Civil Veterinary Department. United Provinces 1912-22 - 1912-1922
Year: 1912
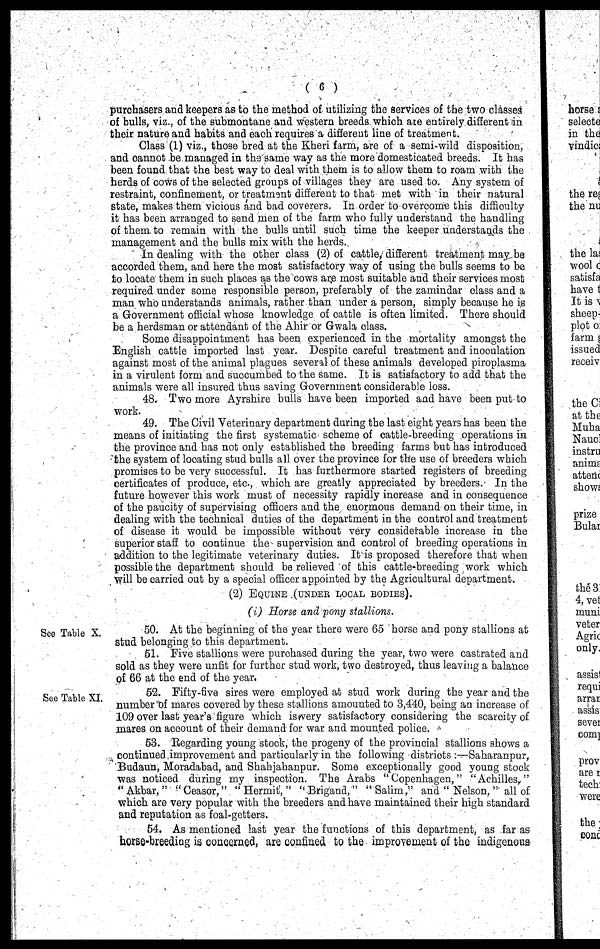
( 6 )
purchasers and keepers as to the method of utilizing the services of the two classes
of bulls, viz., of the submontane and western breeds which are entirely different in
their nature and habits and each requires a different line of treatment.
Class (1) viz., those bred at the Kheri farm, are of a semi-wild disposition,
and cannot be managed in the same way as the more domesticated breeds. It has
been found that the best way to deal with them is to allow them to roam with the
herds of cows of the selected groups of villages they are used to. Any system of
restraint, confinement, or treatment different to that met with in their natural
state, makes them vicious and bad coverers. In order to overcome this difficulty
it has been arranged to send men of the farm who fully understand the handling
of them to remain with the bulls until such time the keeper understands the
management and the bulls mix with the herds.
In dealing with the other class (2) of cattle, different treatment may be
accorded them, and here the most satisfactory way of using the bulls seems to be
to locate them in such places as the cows are most suitable and their services most
required under some responsible person, preferably of the zamindar class and a
man who understands animals, rather than under a person, simply because he is
a Government official whose knowledge of cattle is often limited. There should
be a herdsman or attendant of the Ahir or Gwala class.
Some disappointment has been experienced in the mortality amongst the
English cattle imported last year. Despite careful treatment and inoculation
against most of the animal plagues several of these animals developed piroplasma
in a virulent form and succumbed to the same. It is satisfactory to add that the
animals were all insured thus saving Government considerable loss.
48. Two more Ayrshire bulls have been imported and have been put to
work.
49. The Civil Veterinary department during the last eight years has been the
means of initiating the first systematic scheme of cattle-breeding operations in
the province and has not only established the breeding farms but has introduced
the system of locating stud bulls all over the province for the use of breeders which
promises to be very successful. It has furthermore started registers of breeding
certificates of produce, etc, which are greatly appreciated by breeders. In the
future however this work must of necessity rapidly increase and in consequence
of the paucity of supervising officers and the enormous demand on their time, in
dealing with the technical duties of the department in the control and treatment
of disease it would be impossible without very considerable increase in the
superior staff to continue the supervision and control of breeding operations in
addition to the legitimate veterinary duties. It is proposed therefore that when
possible the department should be relieved of this cattle-breeding work which
Will be carried out by a special officer appointed by the Agricultural department.
(2) EQUINE (UNDER LOCAL BODIES).
(i) Horse and pony stallions.
See Table X.
50. At the beginning of the year there were 65 horse and pony stallions at
stud belonging to this department.
61. Five stallions were purchased during the year, two were castrated and
sold as they were unfit for further stud work, two destroyed, thus leaving a balance
of 66 at the end of the year.
See Table XI.
52. Fifty-five sires were employed at stud work during the year and the
number of mares covered by these stallions amounted to 3,440, being an increase of
109 over last year's figure which is very satisfactory considering the scarcity of
mares on account of their demand for war and mounted police.
53. Regarding young stock, the progeny of the provincial stallions shows a
continued improvement and particularly in the following districts :—Saharanpur,
Budaun, Moradabad, and Shahjahanpur. Some exceptionally good young stock
was noticed during my inspection. The Arabs "Copenhagen," "Achilles,"
"Akbar," "Ceasor," "Hermit," "Brigand," "Salim," and " Nelson," all of
which are very popular with the breeders and have maintained their high standard
and reputation as foal-getters.
54. As mentioned last year the functions of this department, as far as
horse-breeding is concerned, are confined to the improvement of the indigenous